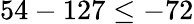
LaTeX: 54-127\leq-72